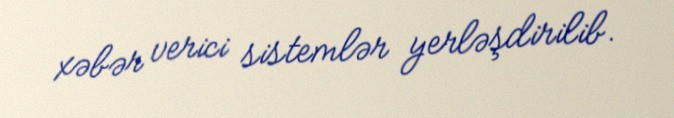
xəbər verici sistemlər yerləşdirilib.